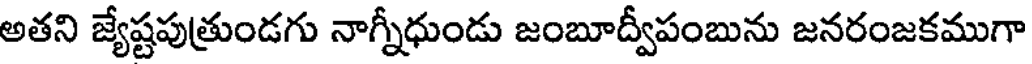
అతని జ్యేష్టపుత్రుండగు నాగ్నీధుండు జంబూద్వీపంబును జనరంజకముగా